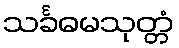
သင်္ခဓမသုတ္တံ